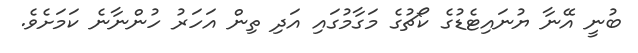
ބުނީ އޭނާ ޔުނައިޓެޑުގެ ކޯޗުގެ މަގާމުގައި އަދި ތިން އަހަރު ހުންނާނެ ކަމަށެވެ.